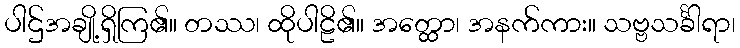
ပါဌ်အချို့ရှိကြ၏။ တဿ၊ ထိုပါဠိ၏။ အတ္ထော၊ အနက်ကား။ သဗ္ဗသင်္ခါရာ၊